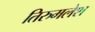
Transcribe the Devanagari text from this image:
तिरुमलेश